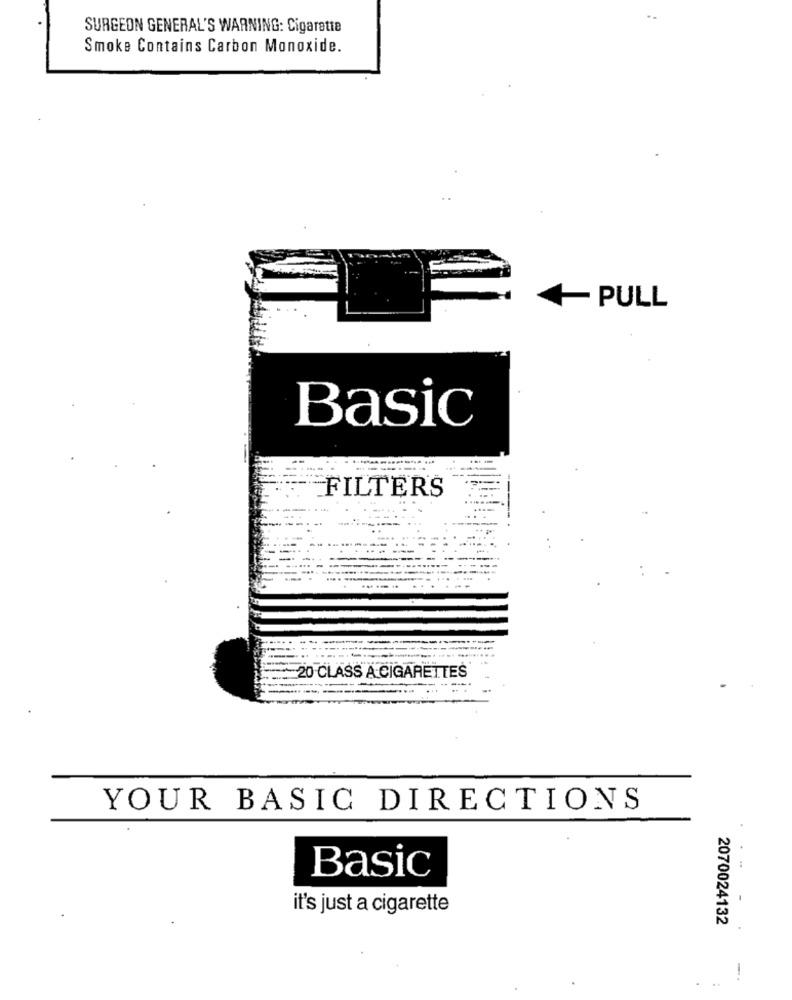
SURGEON GENERAL'S WARNING: Cigarette
Smoke Contains Carbon Monoxide.
· PULL
Basic
FILTERS
---- -.
20 CLASS A CIGARETTES
YOUR BASIC DIRECTIONS
Basic
it's just a cigarette
2070024132